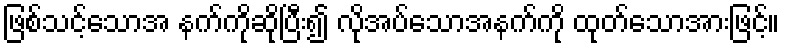
ဖြစ်သင့်သောအ နက်ကိုဆိုပြီး၍ လိုအပ်သောအနက်ကို ထုတ်သောအားဖြင့်။